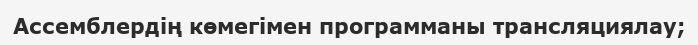
Ассемблердің көмегімен программаны трансляциялау;